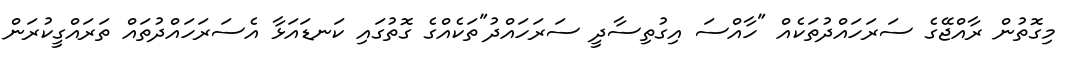
މިގޮތުން ރާއްޖޭގެ ސަރަހައްދުތަކެއް "ހާއްސަ އިގުތިސާދީ ސަރަހައްދު"ތަކެއްގެ ގޮތުގައި ކަނޑައަޅާ އެސަރަހައްދުތައް ތަރައްގީކުރަން